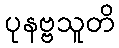
ပုနဗ္ဗသူတိ